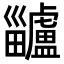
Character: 𤴅